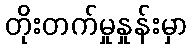
တိုးတက်မှုနှုန်းမှာ